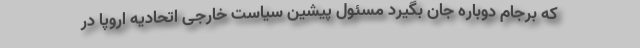
که برجام دوباره جان بگیرد مسئول پیشین سیاست خارجی اتحادیه اروپا در